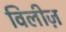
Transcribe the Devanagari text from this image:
विलीज़